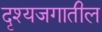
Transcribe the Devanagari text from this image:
दृश्यजगातील